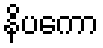
နိပကော